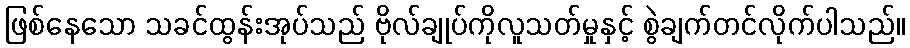
ဖြစ်နေသော သခင်ထွန်းအုပ်သည် ဗိုလ်ချုပ်ကိုလူသတ်မှုနှင့် စွဲချက်တင်လိုက်ပါသည်။